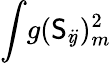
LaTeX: \int\! g(\mathsf{S}_{i\! j})_{m}^{2}